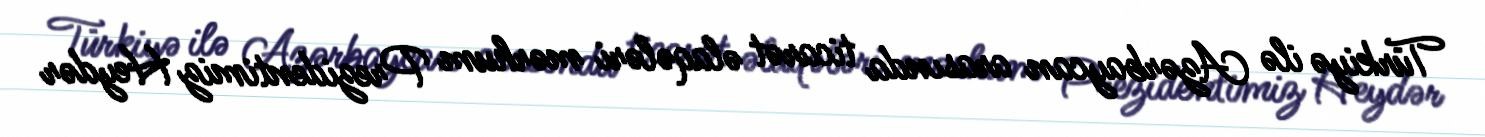
Türkiyə ilə Azərbaycan arasında ticarət əlaqələri mərhum Prezidentimiz Heydər